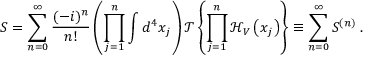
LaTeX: S = \sum _ { n = 0 } ^ { \infty } { \frac { ( - i ) ^ { n } } { n ! } } \left( \prod _ { j = 1 } ^ { n } \int d ^ { 4 } x _ { j } \right) { \mathcal { T } } \left\{ \prod _ { j = 1 } ^ { n } { \mathcal { H } } _ { V } \left( x _ { j } \right) \right\} \equiv \sum _ { n = 0 } ^ { \infty } S ^ { ( n ) } \; .